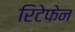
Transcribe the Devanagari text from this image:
रिटेफेन